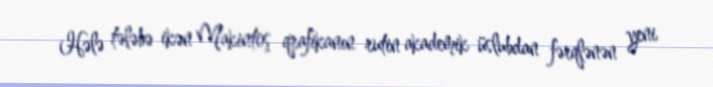
Hələ tələbə ikən Makintoş qrafikanın rutin akademik üslubdan fərqlənən yeni